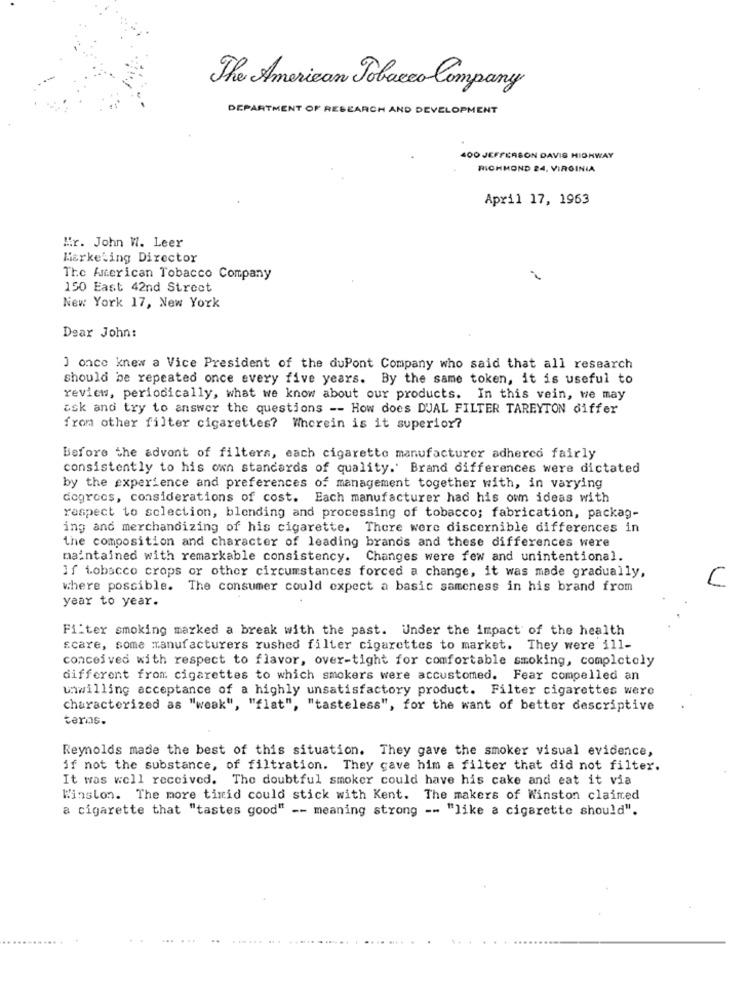
The American Tobacco Company
DEPARTMENT OF RESEARCH AND DEVELOPMENT
400 JEFFERSON DAVIS HIGHWAY
RICHMOND 24, VIRGINIA
April 17, 1963
Mr. John W. Leer
Marketing Director
The American Tobacco Company
150 East 42nd Street
New York 17, New York
Dear John:
] once knew a Vice President of the duPont Company who said that all research
should be repeated once every five years. By the same token, it is useful to
review, periodically, what we know about our products. In this vein, we may
isk and try to answer the questions -- How does DUAL FILTER TAREYTON differ
from other filter cigarettes? Wherein is it superior?
Before the advont of filters, each cigarette manufacturer adherco fairly
consistently to his own standards of quality. Brand differences were dictated
by the experience and preferences of management together with, in varying
dogrecs, considerations of cost. Each manufacturer had his own ideas with
respect to selection, blending and processing of tobacco; fabrication, packag-
ing and merchandizing of his cigarette. There were discernible differences in
the composition and character of leading brands and these differences were
maintained with remarkable consistency. Changes were few and unintentional.
If tobacco crops or other circumstances forced a change, it was made gradually,
C
where possible. The consumer could expect a basic sameness in his brand from
year to year.
Filter smoking marked a break with the past. Under the impact of the health
scare, some manufacturers rushed filter cigarettes to market. They were ill-
concei ved with respect to flavor, over-tight for comfortable smoking, completely
different from cigarettes to which smokers were accustomed. Fear compelled an
unwilling acceptance of a highly unsatisfactory product. Filter cigarettes were
characterized as "weak", "flat", "tasteless", for the want of better descriptive
terms.
Reynolds made the best of this situation. They gave the smoker visual evidence,
if not the substance, of filtration. They cave him a filter that did not filter.
It was well received. The doubtful smoker could have his cake and eat it via
Winston. The more timid could stick with Kent. The makers of Winston claimed
a cigarette that "tastes good" -- meaning strong -- "like a cigarette should".